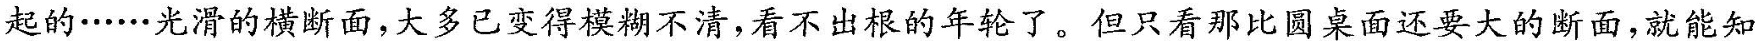
\underline{起的，······光滑的横截面，大多已变得模糊不清，看不出根的年轮了。但只看那比圆桌面还要大的断面，就能知}